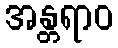
အန္တရာဝ